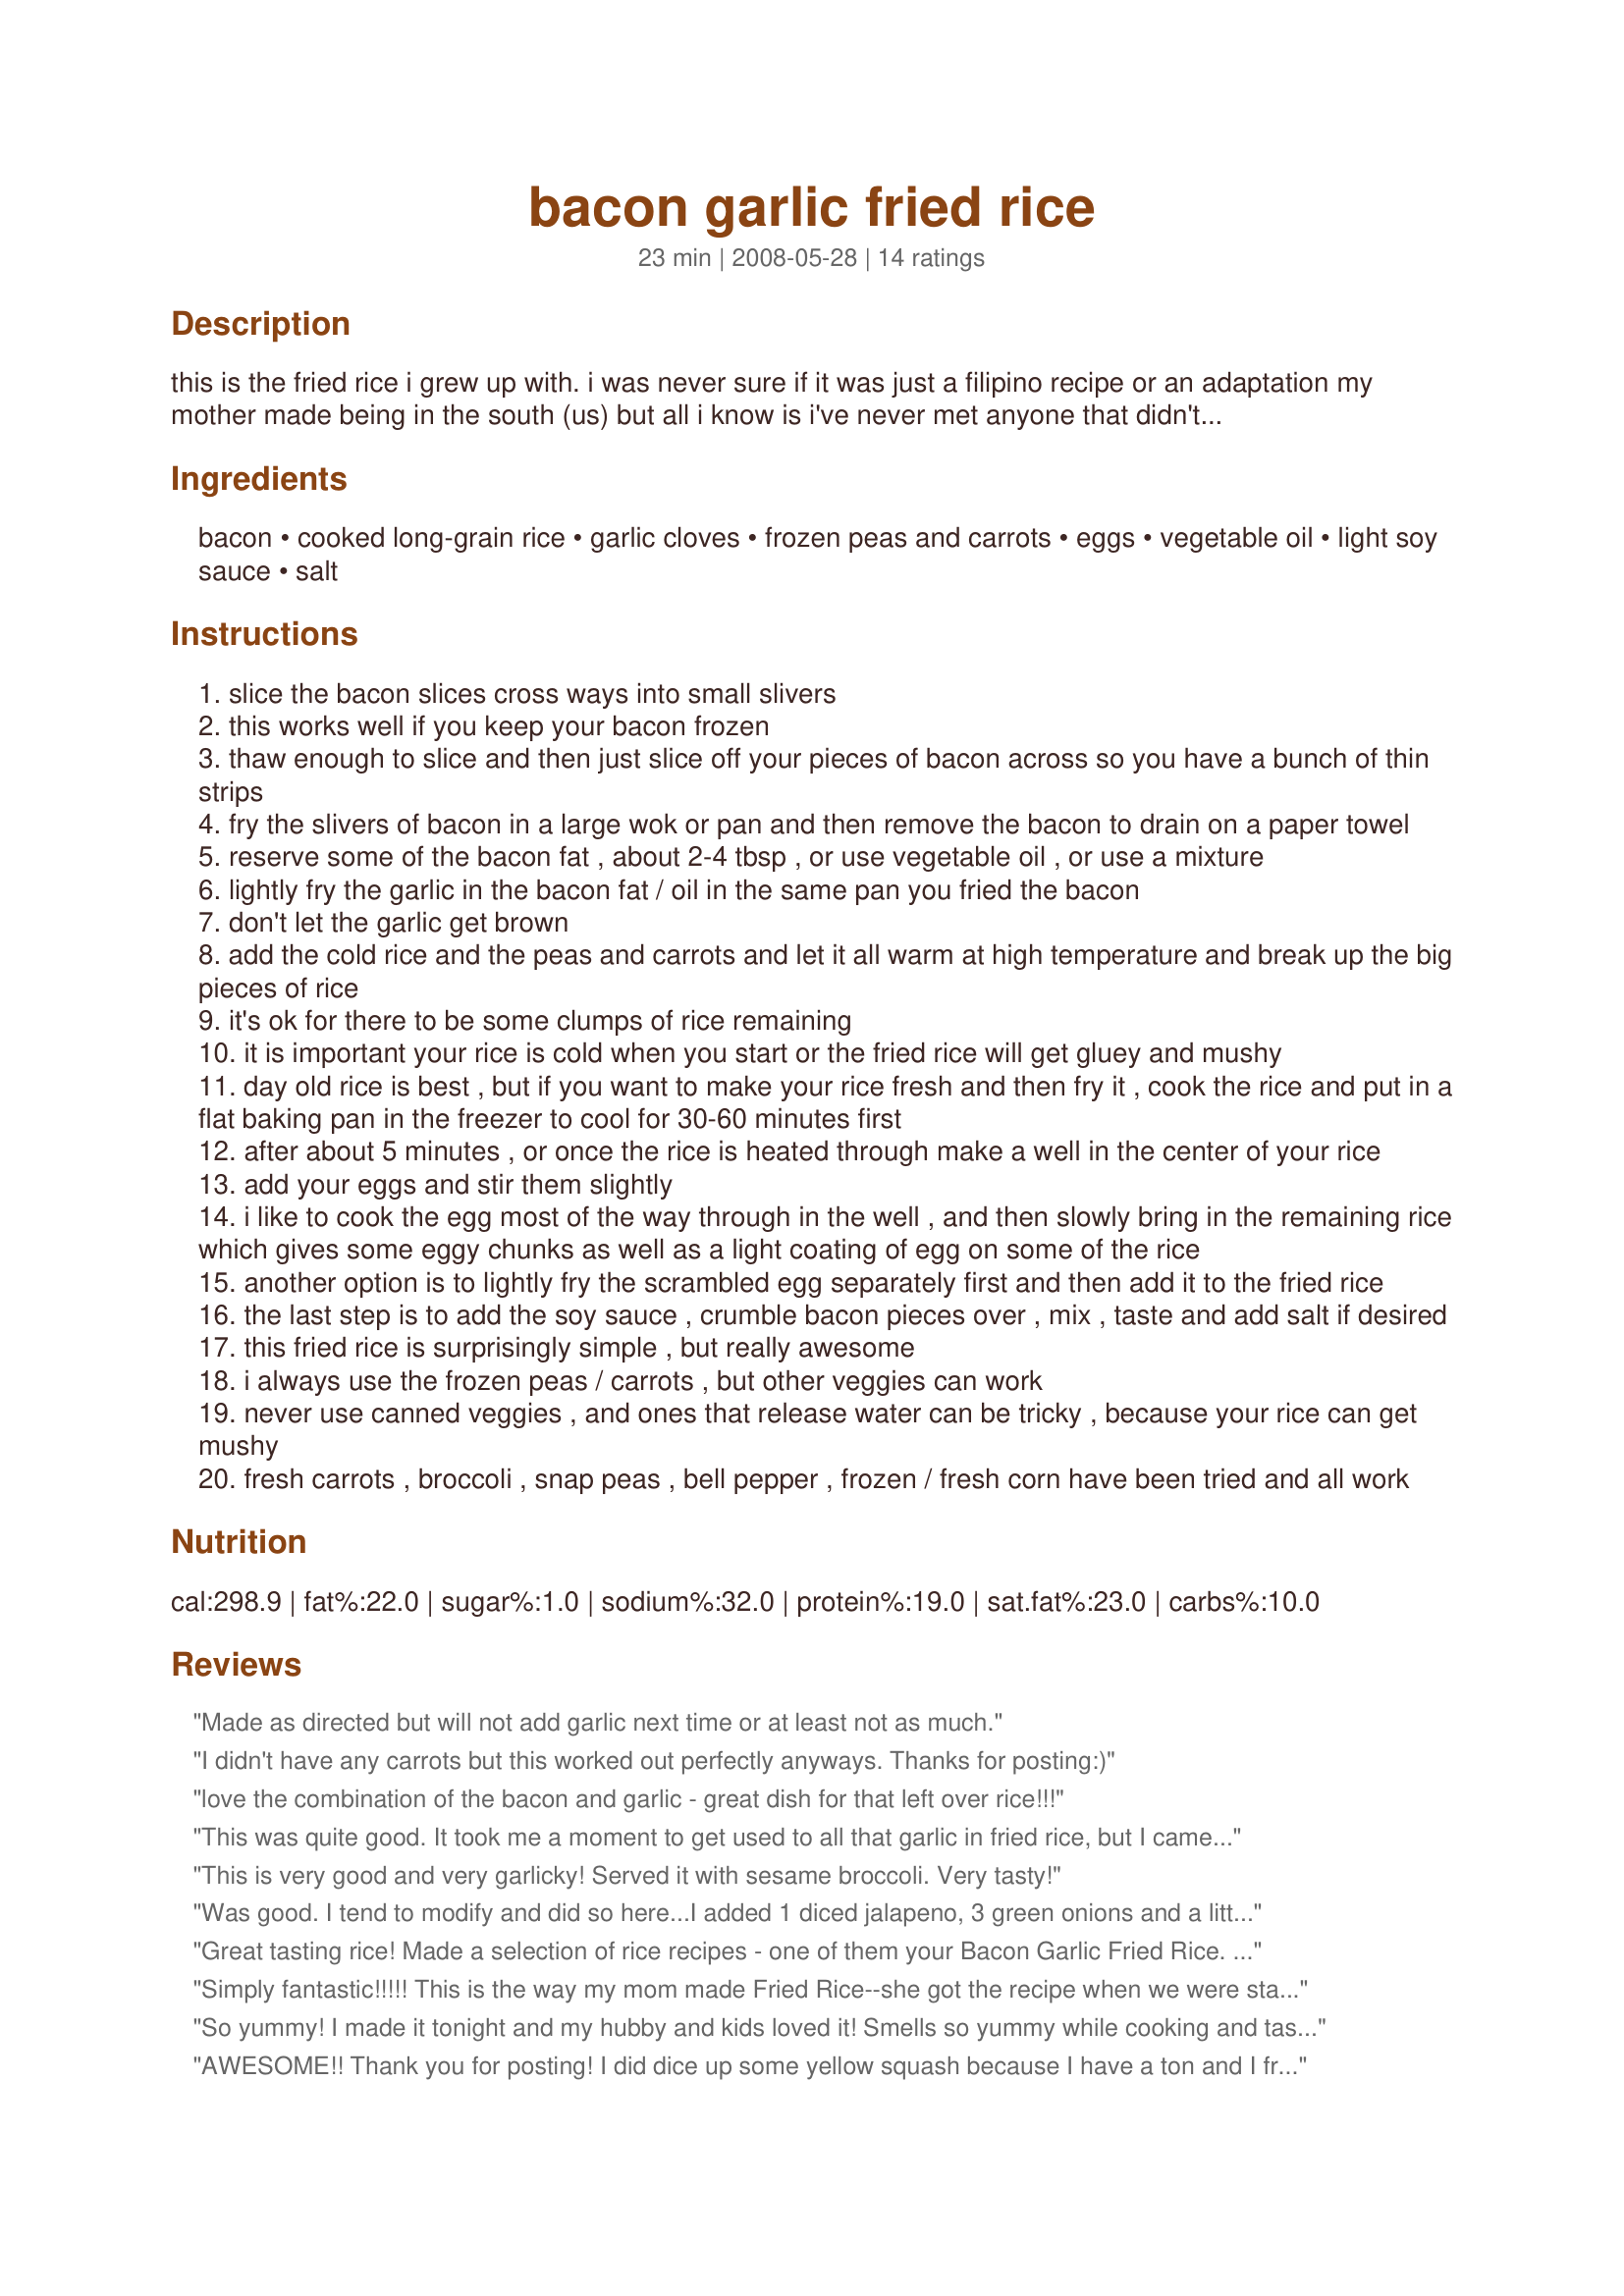
bacon garlic fried rice
Preparation time: 23 minutes

this is the fried rice i grew up with. i was never sure if it was just a filipino recipe or an adaptation my mother made being in the south (us) but all i know is i've never met anyone that didn't like this fried rice and people always beg me for the recipe. the prep time below assumes you already have left over rice in the fridge, but there's instructions for cooling your cooked rice too.

Ingredients:
bacon, cooked long-grain rice, garlic cloves, frozen peas and carrots, eggs, vegetable oil, light soy sauce, salt

Steps:
slice the bacon slices cross ways into small slivers
this works well if you keep your bacon frozen
thaw enough to slice and then just slice off your pieces of bacon across so you have a bunch of thin strips
fry the slivers of bacon in a large wok or pan and then remove the bacon to drain on a paper towel
reserve some of the bacon fat , about 2-4 tbsp , or use vegetable oil , or use a mixture
lightly fry the garlic in the bacon fat / oil in the same pan you fried the bacon
don't let the garlic get brown
add the cold rice and the peas and carrots and let it all warm at high temperature and break up the big pieces of rice
it's ok for there to be some clumps of rice remaining
it is important your rice is cold when you start or the fried rice will get gluey and mushy
day old rice is best , but if you want to make your rice fresh and then fry it , cook the rice and put in a flat baking pan in the freezer to cool for 30-60 minutes first
after about 5 minutes , or once the rice is heated through make a well in the center of your rice
add your eggs and stir them slightly
i like to cook the egg most of the way through in the well , and then slowly bring in the remaining rice which gives some eggy chunks as well as a light coating of egg on some of the rice
another option is to lightly fry the scrambled egg separately first and then add it to the fried rice
the last step is to add the soy sauce , crumble bacon pieces over , mix , taste and add salt if desired
this fried rice is surprisingly simple , but really awesome
i always use the frozen peas / carrots , but other veggies can work
never use canned veggies , and ones that release water can be tricky , because your rice can get mushy
fresh carrots , broccoli , snap peas , bell pepper , frozen / fresh corn have been tried and all work

Reviews:
Made as directed but will not add garlic next time or at least not as much.
I didn't have any carrots but this worked out perfectly anyways. Thanks for posting:)
love the combination of the bacon and garlic - great dish for that left over rice!!!
This was quite good. It took me a moment to get used to all that garlic in fried rice, but I came around! Every grain of rice stayed "individual" and not gummy, I really liked that. I did feel it needed a little more flavor, and not salt with all the soy and bacon in it. I think I will use a mushroom soy sauce next time to see if I like that, and I did add a touch of sesame oil to the egg before scrambling it.
This is very good and very garlicky! Served it with sesame broccoli. Very tasty!
Was good. I tend to modify and did so here...I added 1 diced jalapeno, 3 green onions and a little more bacon than called for ; ) and also added sesame oil into my egg. Will make again, thanks!!
Great tasting rice! Made a selection of rice recipes - one of them your Bacon Garlic Fried Rice. Loved this combination and will be looking to make more of your recipes. I was a touch short on the garlic but other then that made as posted and wouldn't change a thing. Thank you for a great change of pace rice recipe that was enjoyed by all.
Simply fantastic!!!!! This is the way my mom made Fried Rice--she got the recipe when we were stationed in Okinawa in 1974. I used chopped green pepper and a little frozen corn. My DH who is very picky--really liked this and had seconds! Thanks for a wonderful recipe with very clear directions. I loved the way you clearly outlined using frozen bacon and cutting (makes it easier) using cold rice--again, easy and frozen corn. Also, your directions about not using water releasing veggies is spot on. Thanks MC Baker for a great recipe. It's a real keeper! Made for PAC fall 09.
So yummy! I made it tonight and my hubby and kids loved it! Smells so yummy while cooking and tastes even better! Next time I'm going to add cubes chicken breast. Smoked salmon would also be good! Definitely making it again!!
AWESOME!! Thank you for posting! I did dice up some yellow squash because I have a ton and I fried it in the bacon grease for 10 minutes then proceeded as written. It worked out perfectly!
Wow, this was superb! My man, my five and seven year old daughters and I loved this rice dish!!! Thanks!!
Added a whim of curry and some bluechease. I used fresh carrots and let the whole sit on low heat for about 5 minutes to make sure the carrots where soft. Amazing result
This was a terrific side dish that we enjoyed a lot. I made this as directed, using 2 garlic cloves and frozen peas, carrots and corn. It was very easy and the directions were very clear. This dish was served with Recipe #382958 and Recipe #288931. Made for my teammate for ZWT6. Thanks MC Baker! :)
Very nice recipe. I prepared the eggs beforehand, added corn and green onions. I will try different vegetables next time. :)
